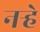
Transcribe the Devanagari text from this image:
नर्‍हे